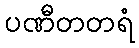
ပဏီတတရံ